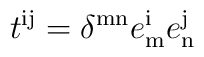
t^{\mathrm{ij}} = \delta^{\mathrm{mn}} e^{\mathrm{i}}_{\mathrm{m}} e^{\mathrm{j}}_{\mathrm{n}}